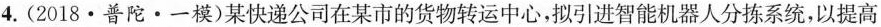
4.(2018·普陀·一模)某快递公司在某市的货物转运中心，拟引进智能机器人分拣系统，以提高